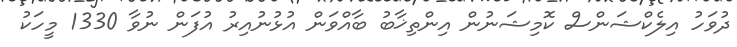
ދުވަހު އިލެކްޝަންސް ކޮމިޝަނުން އިންތިޚާބު ބާއްވަން އުޅުނުއިރު އުފަން ނުވާ 1330 މީހަކު